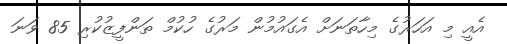
އެއީ މި އަހަރުގެ މިހާތަނަށް އެގައުމުން މަރުގެ ހުކުމް ތަންފީޒުކުރި 85 ވަނަ